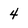
Character: 4